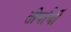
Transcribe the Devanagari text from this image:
तीर्थार्थी